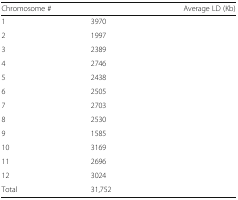
<table><thead><tr><td><b>Chromosome #</b></td><td>[EMPTY_CELL]</td><td><b>Average LD (Kb)</b></td></tr></thead><tbody><tr><td>1</td><td>3970</td><td>[EMPTY_CELL]</td></tr><tr><td>2</td><td>1997</td><td>[EMPTY_CELL]</td></tr><tr><td>3</td><td>2389</td><td>[EMPTY_CELL]</td></tr><tr><td>4</td><td>2746</td><td>[EMPTY_CELL]</td></tr><tr><td>5</td><td>2438</td><td>[EMPTY_CELL]</td></tr><tr><td>6</td><td>2505</td><td>[EMPTY_CELL]</td></tr><tr><td>7</td><td>2703</td><td>[EMPTY_CELL]</td></tr><tr><td>8</td><td>2530</td><td>[EMPTY_CELL]</td></tr><tr><td>9</td><td>1585</td><td>[EMPTY_CELL]</td></tr><tr><td>10</td><td>3169</td><td>[EMPTY_CELL]</td></tr><tr><td>11</td><td>2696</td><td>[EMPTY_CELL]</td></tr><tr><td>12</td><td>3024</td><td>[EMPTY_CELL]</td></tr><tr><td>Total</td><td>31,752</td><td>[EMPTY_CELL]</td></tr></tbody></table>